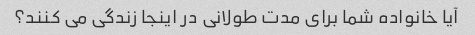
آیا خانواده شما برای مدت طولانی در اینجا زندگی می کنند؟